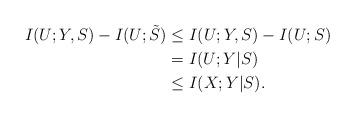
LaTeX: \begin{align*}I(U;Y,S)-I(U;\tilde{S})&\leq I(U;Y,S)-I(U;S)\\&=I(U;Y|S)\\&\leq I(X;Y|S).\end{align*}